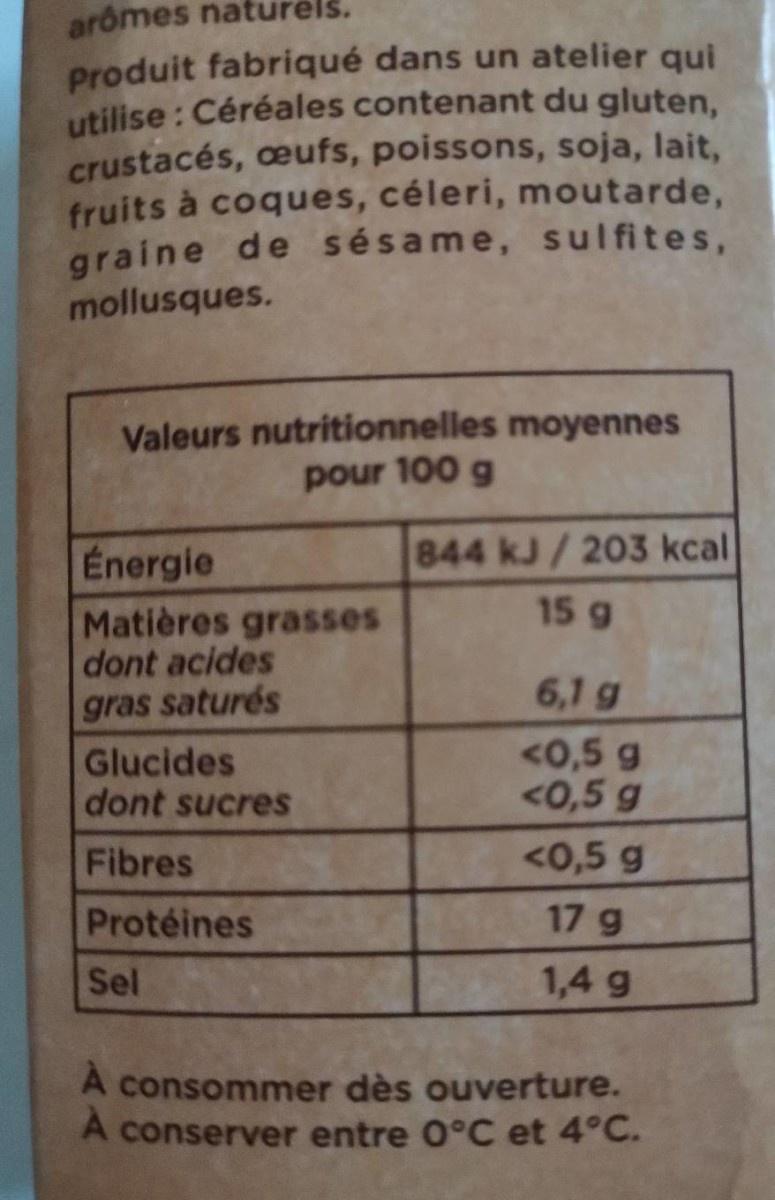
arômes naturels
Produit fabriqué dans un atelier qui utilise : Céréales contenant du gluten, crustacés, œufs, poissons, soja, lait, fruits à coques, céleri, moutarde, graine de sésame, sulfites,
mollusques.
Valeurs nutritionnelles moyennes pour 100 g
844 kJ/203 kcal
Energie Matières grasses dont acides gras saturés
15g
6,1 g
Glucides dont sucres
<0,5 g <0,5 g
Fibres
<0,5 g
Protéines
17 g
Sel
1,4 g
A consommer dès ouverture. A conserver entre 0°C et 4°C.